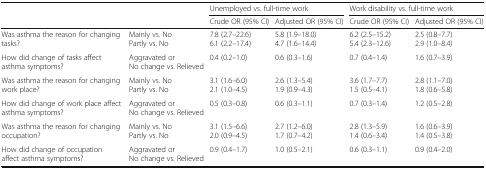
| <ROWSPAN=2-COLSPAN=2>  | <COLSPAN=2> Unemployed vs. full-time work | <COLSPAN=2> Work disability vs. full-time work |
 | Crude OR (95% CI) | Adjusted OR (95% CI) | Crude OR (95% CI) | Adjusted OR (95% CI) |
 | --- | --- | --- | --- | --- | --- |
 | Was asthma the reason for changing tasks? | Mainly vs. NoPartly vs. No | 7.8 (2.7–22.6)6.1 (2.2–17.4) | 5.8 (1.9–18.0)4.7 (1.6–14.4) | 6.2 (2.5–15.2)5.4 (2.3–12.6) | 2.5 (0.8–7.7)2.9 (1.0–8.4) |
 | How did change of tasks affect asthma symptoms? | Aggravated or No change vs. Relieved | 0.4 (0.2–1.0) | 0.6 (0.3–1.6) | 0.7 (0.4–1.4) | 1.6 (0.7–3.9) |
 | Was asthma the reason for changing work place? | Mainly vs. NoPartly vs. No | 3.1 (1.6–6.0)2.1 (1.0–4.5) | 2.6 (1.3–5.4)1.9 (0.9–4.3) | 3.6 (1.7–7.7)1.5 (0.5–4.1) | 2.8 (1.1–7.0)1.8 (0.6–5.8) |
 | How did change of work place affect asthma symptoms? | Aggravated or No change vs. Relieved | 0.5 (0.3–0.8) | 0.6 (0.3–1.1) | 0.7 (0.3–1.4) | 1.2 (0.5–2.8) |
 | Was asthma the reason for changing occupation? | Mainly vs. NoPartly vs. No | 3.1 (1.5–6.6)2.0 (0.9–4.5) | 2.7 (1.2–6.0)1.7 (0.7–4.2) | 2.8 (1.3–5.9)1.4 (0.6–3.4) | 1.6 (0.6–3.9)1.4 (0.5–3.8) |
 | How did change of occupation affect asthma symptoms? | Aggravated or No change vs. Relieved | 0.9 (0.4–1.7) | 1.0 (0.5–2.1) | 0.6 (0.3–1.1) | 0.9 (0.4–2.0) |